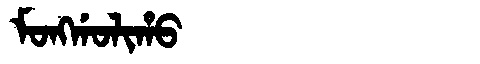
Manchu: ᠮᠣᠩᡤᠣᠯᡳᡥᠣ
Romanization: MONGGOLIHO